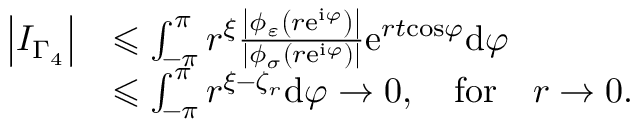
\begin{array} { r l } { \left\vert I _ { \Gamma _ { 4 } } \right\vert } & { \leqslant \int _ { - \pi } ^ { \pi } r ^ { \xi } \frac { \left\vert \phi _ { \varepsilon } \left( r \mathrm { e } ^ { \mathrm { i } \varphi } \right) \right\vert } { \left\vert \phi _ { \sigma } \left( r \mathrm { e } ^ { \mathrm { i } \varphi } \right) \right\vert } \mathrm { e } ^ { r t \mathrm { \cos } \varphi } \mathrm { d } \varphi } \\ & { \leqslant \int _ { - \pi } ^ { \pi } r ^ { \xi - \zeta _ { r } } \mathrm { d } \varphi \rightarrow 0 , \quad \mathrm { f o r } \quad r \rightarrow 0 . } \end{array}